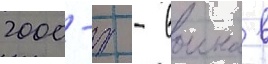
2000-х - воина в